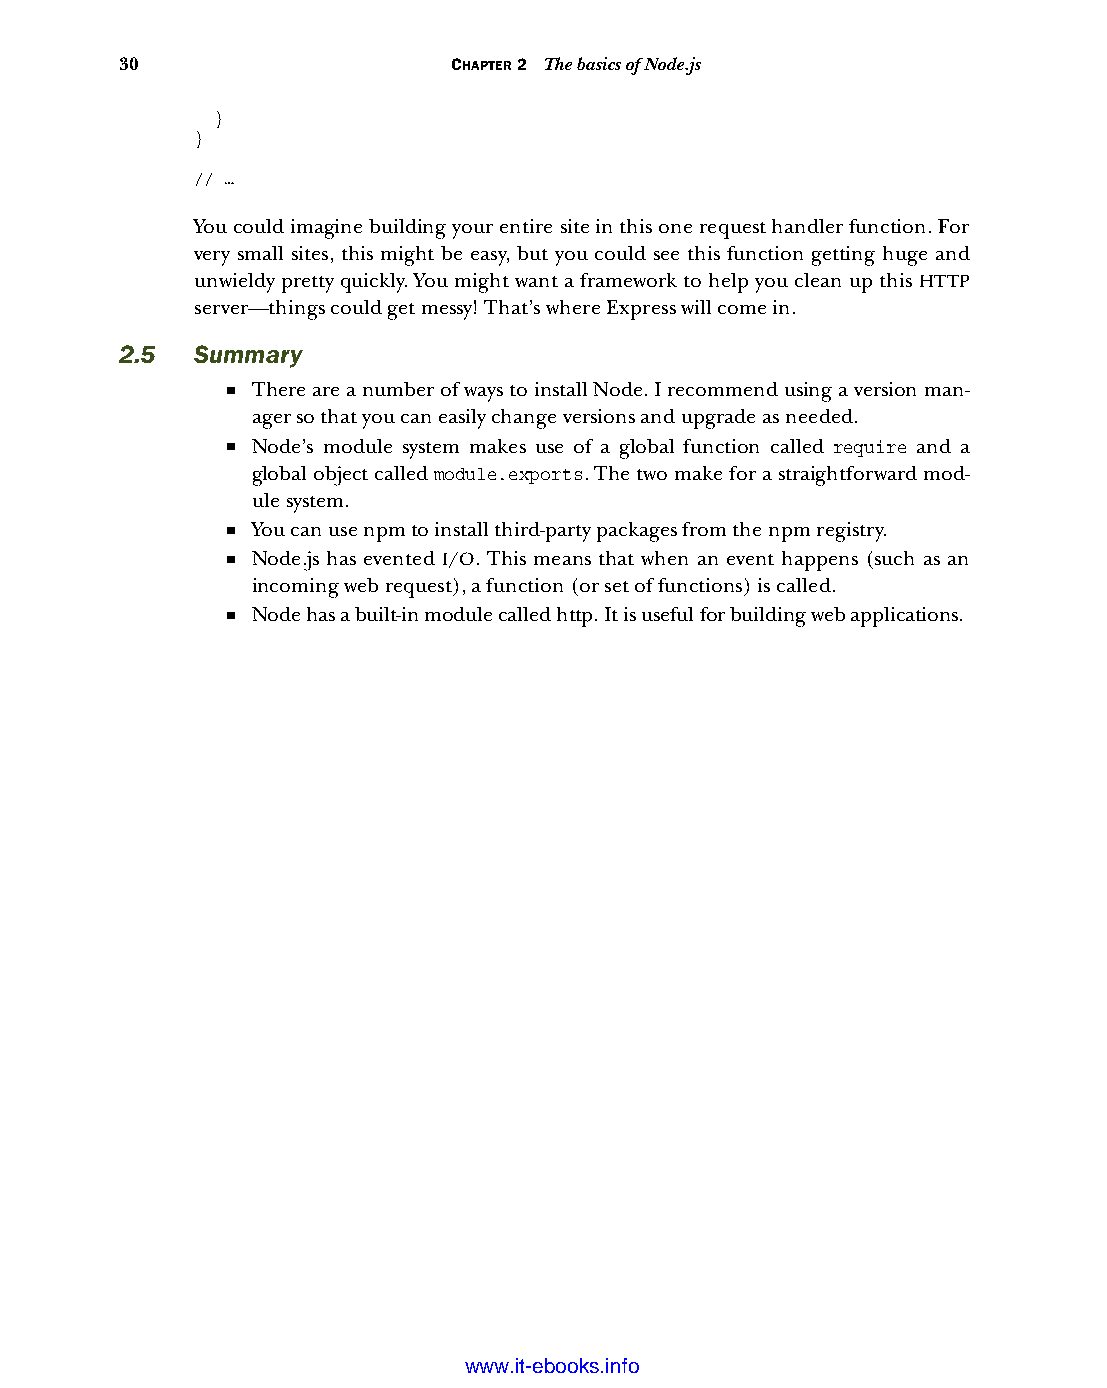
30                    CHAPTER 2 The basics of Node.js
 }
 }
 // …
 You could imagine building your entire site in this one request handler function. For
 very small sites, this might be easy, but you could see this function getting huge and
 unwieldy pretty quickly. You might want a framework to help you clean up this HTTP
 server—things could get messy! That’s where Express will come in.
 2.5  Summary
 ■ There are a number of ways to install Node. I recommend using a version man-
 ager so that you can easily change versions and upgrade as needed.
 ■ Node’s module system makes use of a global function called require and a
 global object called module.exports. The two make for a straightforward mod-
 ule system.
 ■ You can use npm to install third-party packages from the npm registry.
 ■ Node.js has evented I/O. This means that when an event happens (such as an
 incoming web request), a function (or set of functions) is called.
 ■ Node has a built-in module called http. It is useful for building web applications.
 Licensed wtow w <.mit-ielebro.8o8k8s@.ingfomail.com>